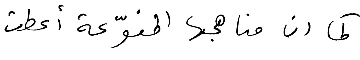
كما ان مناهجها المنوّعة أعطت